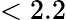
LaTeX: <2.2